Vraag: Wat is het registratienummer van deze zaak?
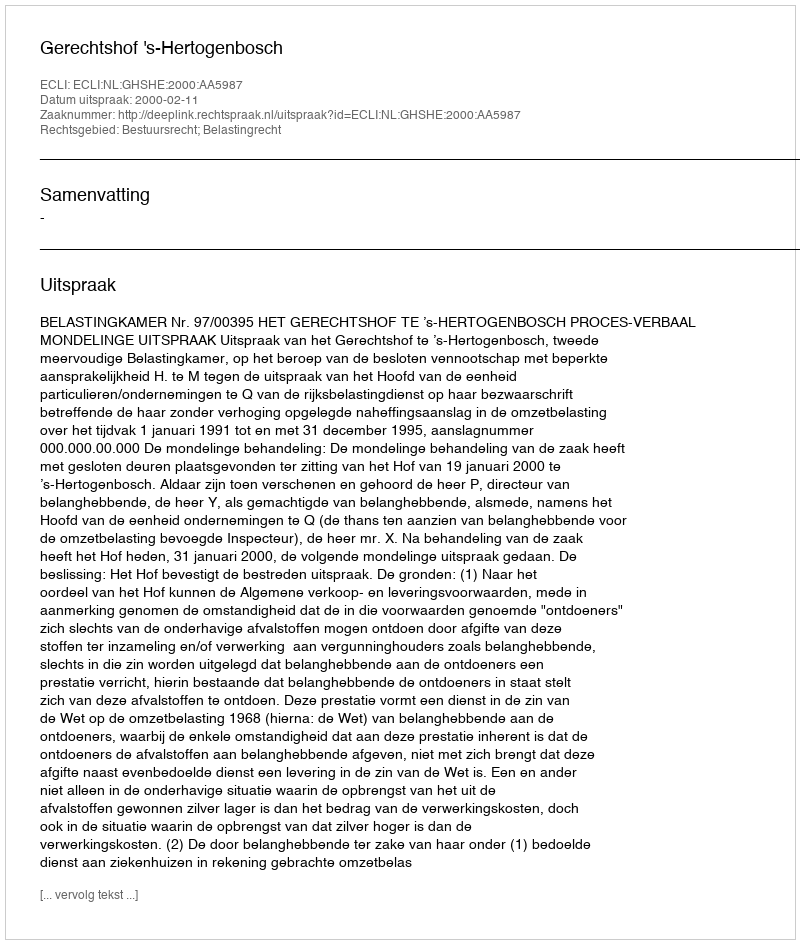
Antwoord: http://deeplink.rechtspraak.nl/uitspraak?id=ECLI:NL:GHSHE:2000:AA5987